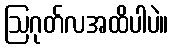
ဩဂုတ်လအထိပါပဲ။